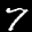
Label: 7